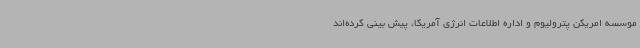
موسسه امریکن پترولیوم و اداره اطلاعات انرژی آمریکا، پیش بینی کرده‌اند